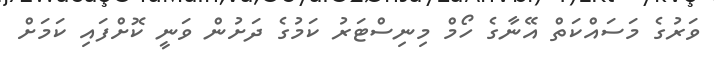
ވަރުގެ މަސައްކަތް އޭނާގެ ހޯމް މިނިސްޓަރު ކަމުގެ ދަށުން ވަނީ ކޮށްފައި ކަމަށް